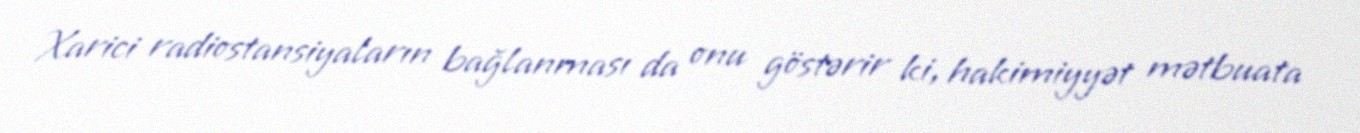
Xarici radiostansiyaların bağlanması da onu göstərir ki, hakimiyyət mətbuata